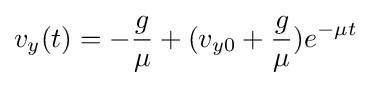
v_{y}(t)=-{\frac {g}{\mu }}+(v_{y0}+{\frac {g}{\mu }})e^{-\mu t}